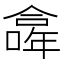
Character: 𠏎